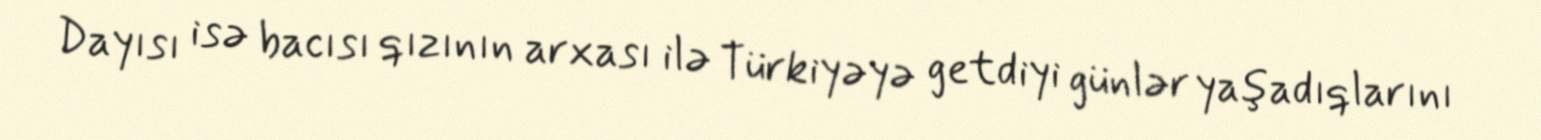
Dayısı isə bacısı qızının arxası ilə Türkiyəyə getdiyi günlər yaşadıqlarını